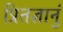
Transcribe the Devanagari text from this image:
प्रितज्ञानुं